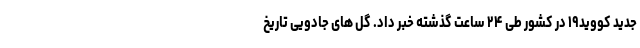
جدید کووید۱۹ در کشور طی ۲۴ ساعت گذشته خبر داد. گل های جادویی تاریخ